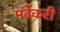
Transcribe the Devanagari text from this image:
मर्ढेकरी